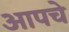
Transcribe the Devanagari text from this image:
आपचे